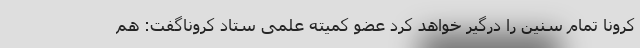
کرونا تمام سنین را درگیر خواهد کرد عضو کمیته علمی ستاد کروناگفت: هم